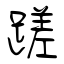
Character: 蹉